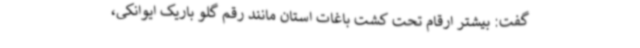
گفت: بیشتر ارقام تحت کشت باغات استان مانند رقم گلو باریک ایوانکی،